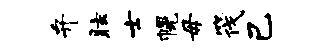
弁眩士幌毋筏己